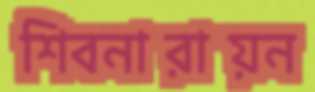
শিবনারায়ন